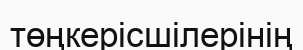
төңкерісшілерінің